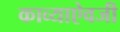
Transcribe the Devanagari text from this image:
काव्याऐवजी